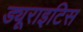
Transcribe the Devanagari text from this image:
ड्यूराइटिस